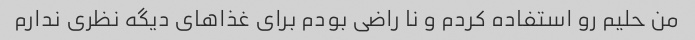
من حلیم رو استفاده کردم و نا راضی بودم برای غذا‌های دیگه نظری ندارم